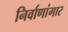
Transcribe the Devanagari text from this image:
निर्वाणांगार